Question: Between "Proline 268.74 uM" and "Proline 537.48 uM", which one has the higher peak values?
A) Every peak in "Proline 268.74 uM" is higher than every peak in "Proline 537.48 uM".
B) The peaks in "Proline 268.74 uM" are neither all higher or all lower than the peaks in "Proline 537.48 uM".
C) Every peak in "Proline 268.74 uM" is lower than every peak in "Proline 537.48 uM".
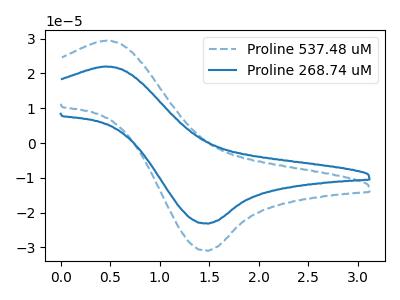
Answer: <think>The blue dashed curve "Proline 537.48 uM" has an anodic peak at (0.45V, 29.40uA) and a cathodic peak at (1.50V, -30.95uA). The blue curve "Proline 268.74 uM" has an anodic peak at (0.45V, 22.00uA) and a cathodic peak at (1.50V, -23.15uA).</think>
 <answer>C) Every peak in "Proline 268.74 uM" is lower than every peak in "Proline 537.48 uM".</answer>
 <eval>C</eval>